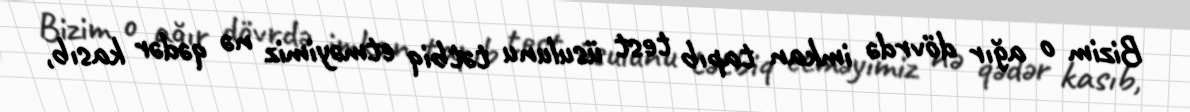
Bizim o ağır dövrdə imkan tapıb test üsulunu tətbiq etməyimiz nə qədər kasıb,